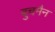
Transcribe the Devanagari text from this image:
बुचमैन